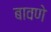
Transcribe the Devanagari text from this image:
बावणे